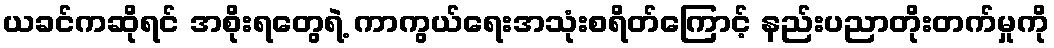
ယခင်ကဆိုရင် အစိုးရတွေရဲ့ ကာကွယ်ရေးအသုံးစရိတ်ကြောင့် နည်းပညာတိုးတက်မှုကို